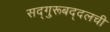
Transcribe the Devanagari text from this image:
सद्‌गुरूबद्दलची